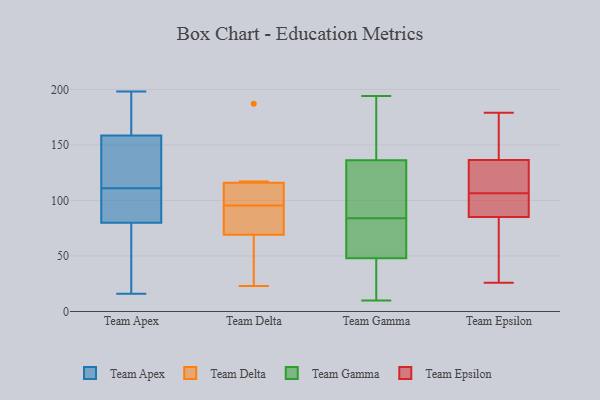
{"axis": {"x": "Demand Index", "y": "Value"}, "legend": ["Team Apex", "Team Delta", "Team Epsilon", "Team Gamma"], "data": [{"x": "", "y": 162, "type": "Team Apex"}, {"x": "", "y": 151, "type": "Team Apex"}, {"x": "", "y": 100, "type": "Team Apex"}, {"x": "", "y": 47, "type": "Team Apex"}, {"x": "", "y": 81, "type": "Team Apex"}, {"x": "", "y": 76, "type": "Team Apex"}, {"x": "", "y": 80, "type": "Team Apex"}, {"x": "", "y": 147, "type": "Team Apex"}, {"x": "", "y": 192, "type": "Team Apex"}, {"x": "", "y": 196, "type": "Team Apex"}, {"x": "", "y": 161, "type": "Team Apex"}, {"x": "", "y": 80, "type": "Team Apex"}, {"x": "", "y": 138, "type": "Team Apex"}, {"x": "", "y": 38, "type": "Team Apex"}, {"x": "", "y": 198, "type": "Team Apex"}, {"x": "", "y": 111, "type": "Team Apex"}, {"x": "", "y": 94, "type": "Team Apex"}, {"x": "", "y": 16, "type": "Team Apex"}, {"x": "", "y": 133, "type": "Team Apex"}, {"x": "", "y": 23, "type": "Team Delta"}, {"x": "", "y": 84, "type": "Team Delta"}, {"x": "", "y": 69, "type": "Team Delta"}, {"x": "", "y": 187, "type": "Team Delta"}, {"x": "", "y": 61, "type": "Team Delta"}, {"x": "", "y": 115, "type": "Team Delta"}, {"x": "", "y": 70, "type": "Team Delta"}, {"x": "", "y": 107, "type": "Team Delta"}, {"x": "", "y": 116, "type": "Team Delta"}, {"x": "", "y": 117, "type": "Team Delta"}, {"x": "", "y": 10, "type": "Team Gamma"}, {"x": "", "y": 45, "type": "Team Gamma"}, {"x": "", "y": 143, "type": "Team Gamma"}, {"x": "", "y": 84, "type": "Team Gamma"}, {"x": "", "y": 78, "type": "Team Gamma"}, {"x": "", "y": 161, "type": "Team Gamma"}, {"x": "", "y": 157, "type": "Team Gamma"}, {"x": "", "y": 137, "type": "Team Gamma"}, {"x": "", "y": 114, "type": "Team Gamma"}, {"x": "", "y": 47, "type": "Team Gamma"}, {"x": "", "y": 115, "type": "Team Gamma"}, {"x": "", "y": 194, "type": "Team Gamma"}, {"x": "", "y": 51, "type": "Team Gamma"}, {"x": "", "y": 78, "type": "Team Gamma"}, {"x": "", "y": 72, "type": "Team Gamma"}, {"x": "", "y": 134, "type": "Team Gamma"}, {"x": "", "y": 34, "type": "Team Gamma"}, {"x": "", "y": 43, "type": "Team Gamma"}, {"x": "", "y": 116, "type": "Team Gamma"}, {"x": "", "y": 136, "type": "Team Epsilon"}, {"x": "", "y": 139, "type": "Team Epsilon"}, {"x": "", "y": 27, "type": "Team Epsilon"}, {"x": "", "y": 102, "type": "Team Epsilon"}, {"x": "", "y": 99, "type": "Team Epsilon"}, {"x": "", "y": 120, "type": "Team Epsilon"}, {"x": "", "y": 111, "type": "Team Epsilon"}, {"x": "", "y": 137, "type": "Team Epsilon"}, {"x": "", "y": 76, "type": "Team Epsilon"}, {"x": "", "y": 75, "type": "Team Epsilon"}, {"x": "", "y": 118, "type": "Team Epsilon"}, {"x": "", "y": 149, "type": "Team Epsilon"}, {"x": "", "y": 179, "type": "Team Epsilon"}, {"x": "", "y": 26, "type": "Team Epsilon"}, {"x": "", "y": 102, "type": "Team Epsilon"}, {"x": "", "y": 94, "type": "Team Epsilon"}]}